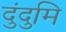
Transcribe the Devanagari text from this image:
दुंदुमि